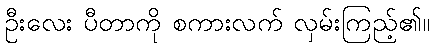
ဦးလေး ပီတာကို စကားလက် လှမ်းကြည့်၏။